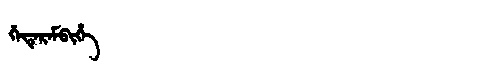
Manchu: ᡤᡝᡨᡝᡵᡝᠮᠪᡳᡥᡝ
Romanization: GETEREMBIHE